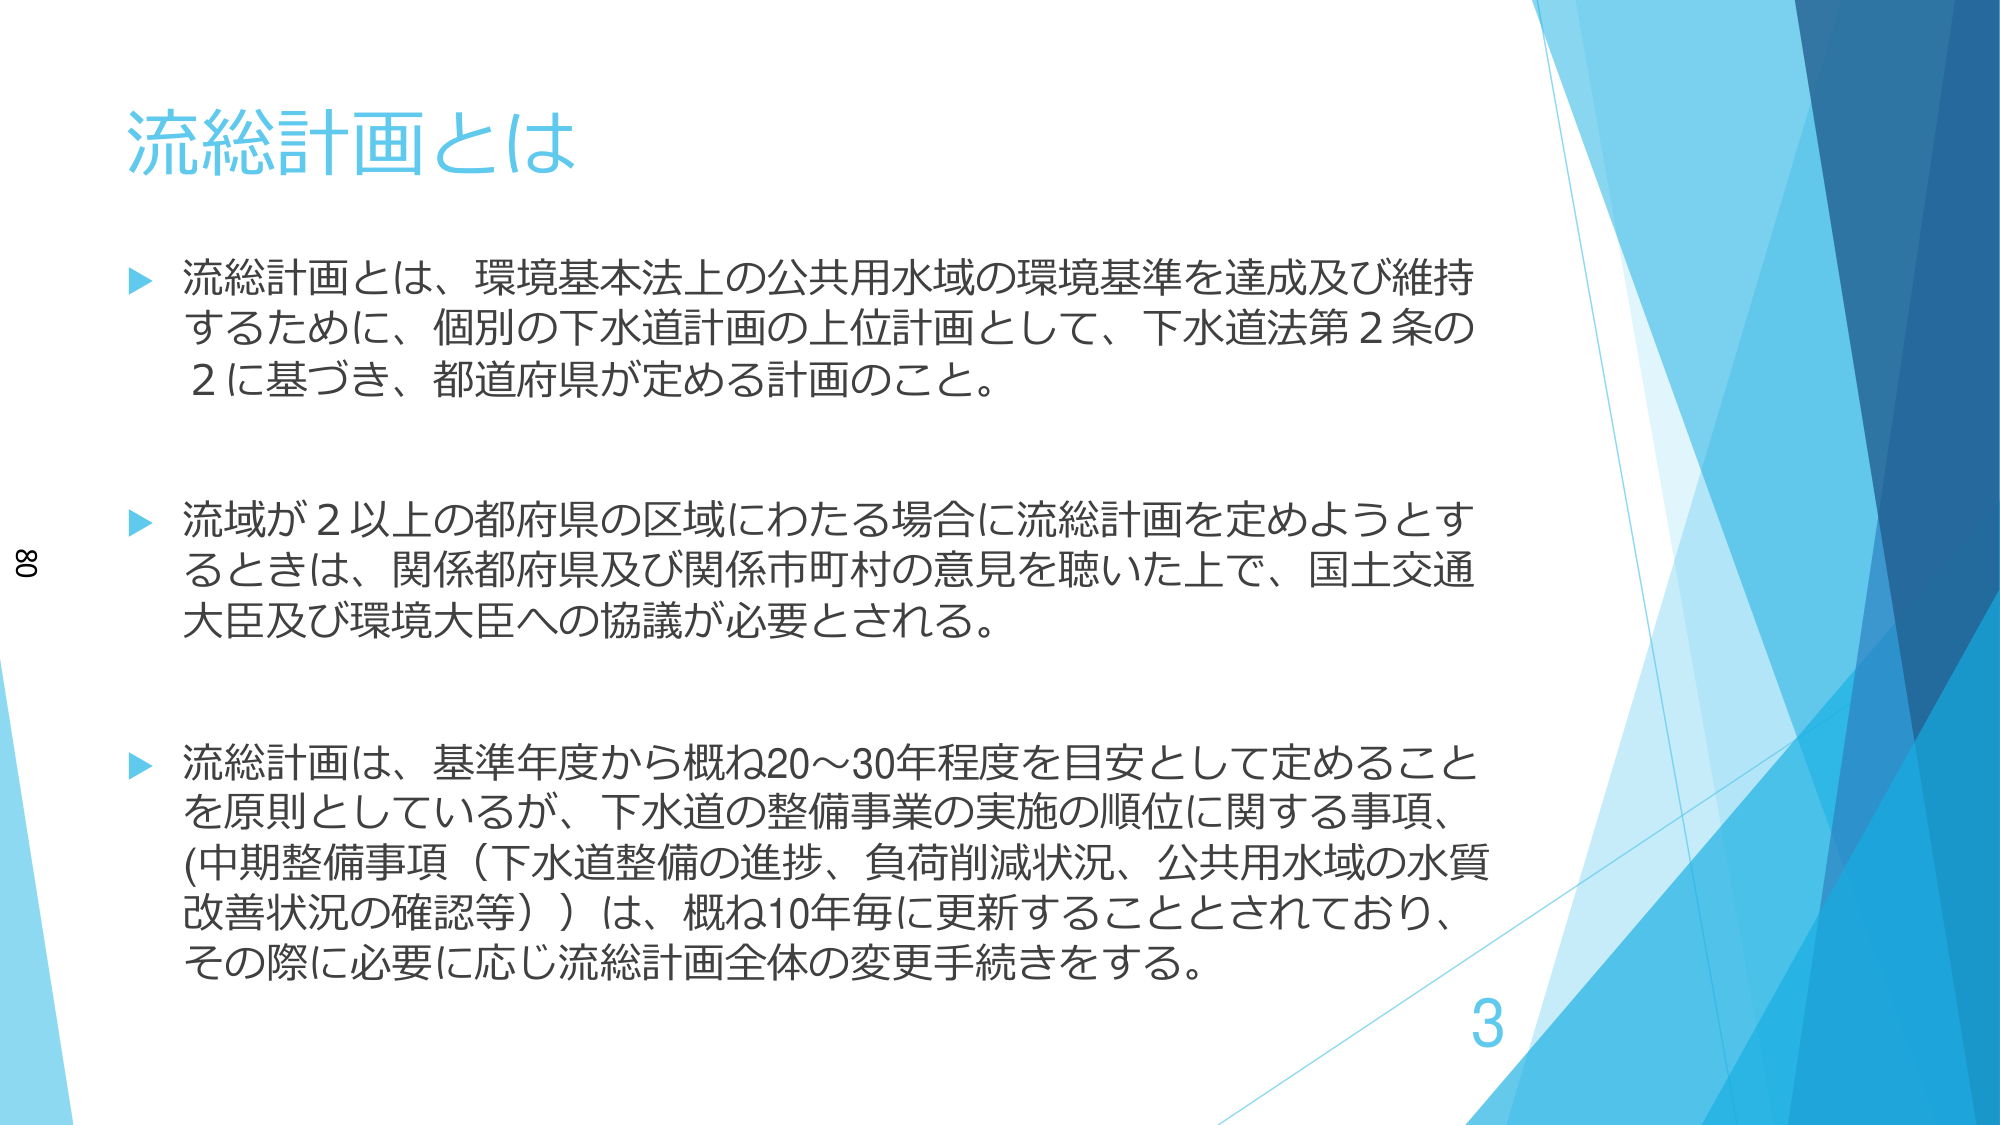
流総計画とは

▶ 流総計画とは、環境基本法上の公共用水域の環境基準を達成及び維持するために、個別の下水道計画の上位計画として、下水道法第2条の2に基づき、都道府県が定める計画のこと。

▶ 流域が2以上の都府県の区域にわたる場合に流総計画を定めようとするときは、関係都府県及び関係市町村の意見を聴いた上で、国土交通大臣及び環境大臣への協議が必要とされる。

▶ 流総計画は、基準年度から概ね20～30年程度を目安として定めることを原則としているが、下水道の整備事業の実施の順位に関する事項、（中期整備事項（下水道整備の進捗、負荷削減状況、公共用水域の水質改善状況の確認等））は、概ね10年毎に更新することとされており、その際に必要に応じ流総計画全体の変更手続きをする。

8
3